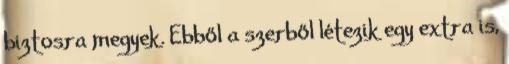
biztosra megyek. Ebből a szerből létezik egy extra is,